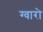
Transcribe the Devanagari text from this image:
ग्वारो